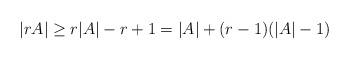
LaTeX: \begin{align*}|rA| \geq r|A| - r+1 = |A| + (r-1)(|A| - 1) \end{align*}